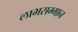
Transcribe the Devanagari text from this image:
लाभसम्मान